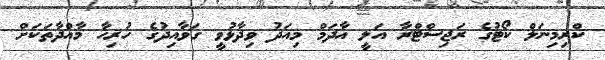
ކްރިމިނަލް ކޯޓުގެ ރަޖިސްޓްރާ އަލީ އާދަމް މިއަދު ވިދާޅުވީ ގަވާއިދުގެ ހުރިހާ މާއްދާތަކަށް